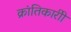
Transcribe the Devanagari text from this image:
क्रांतिकारीी